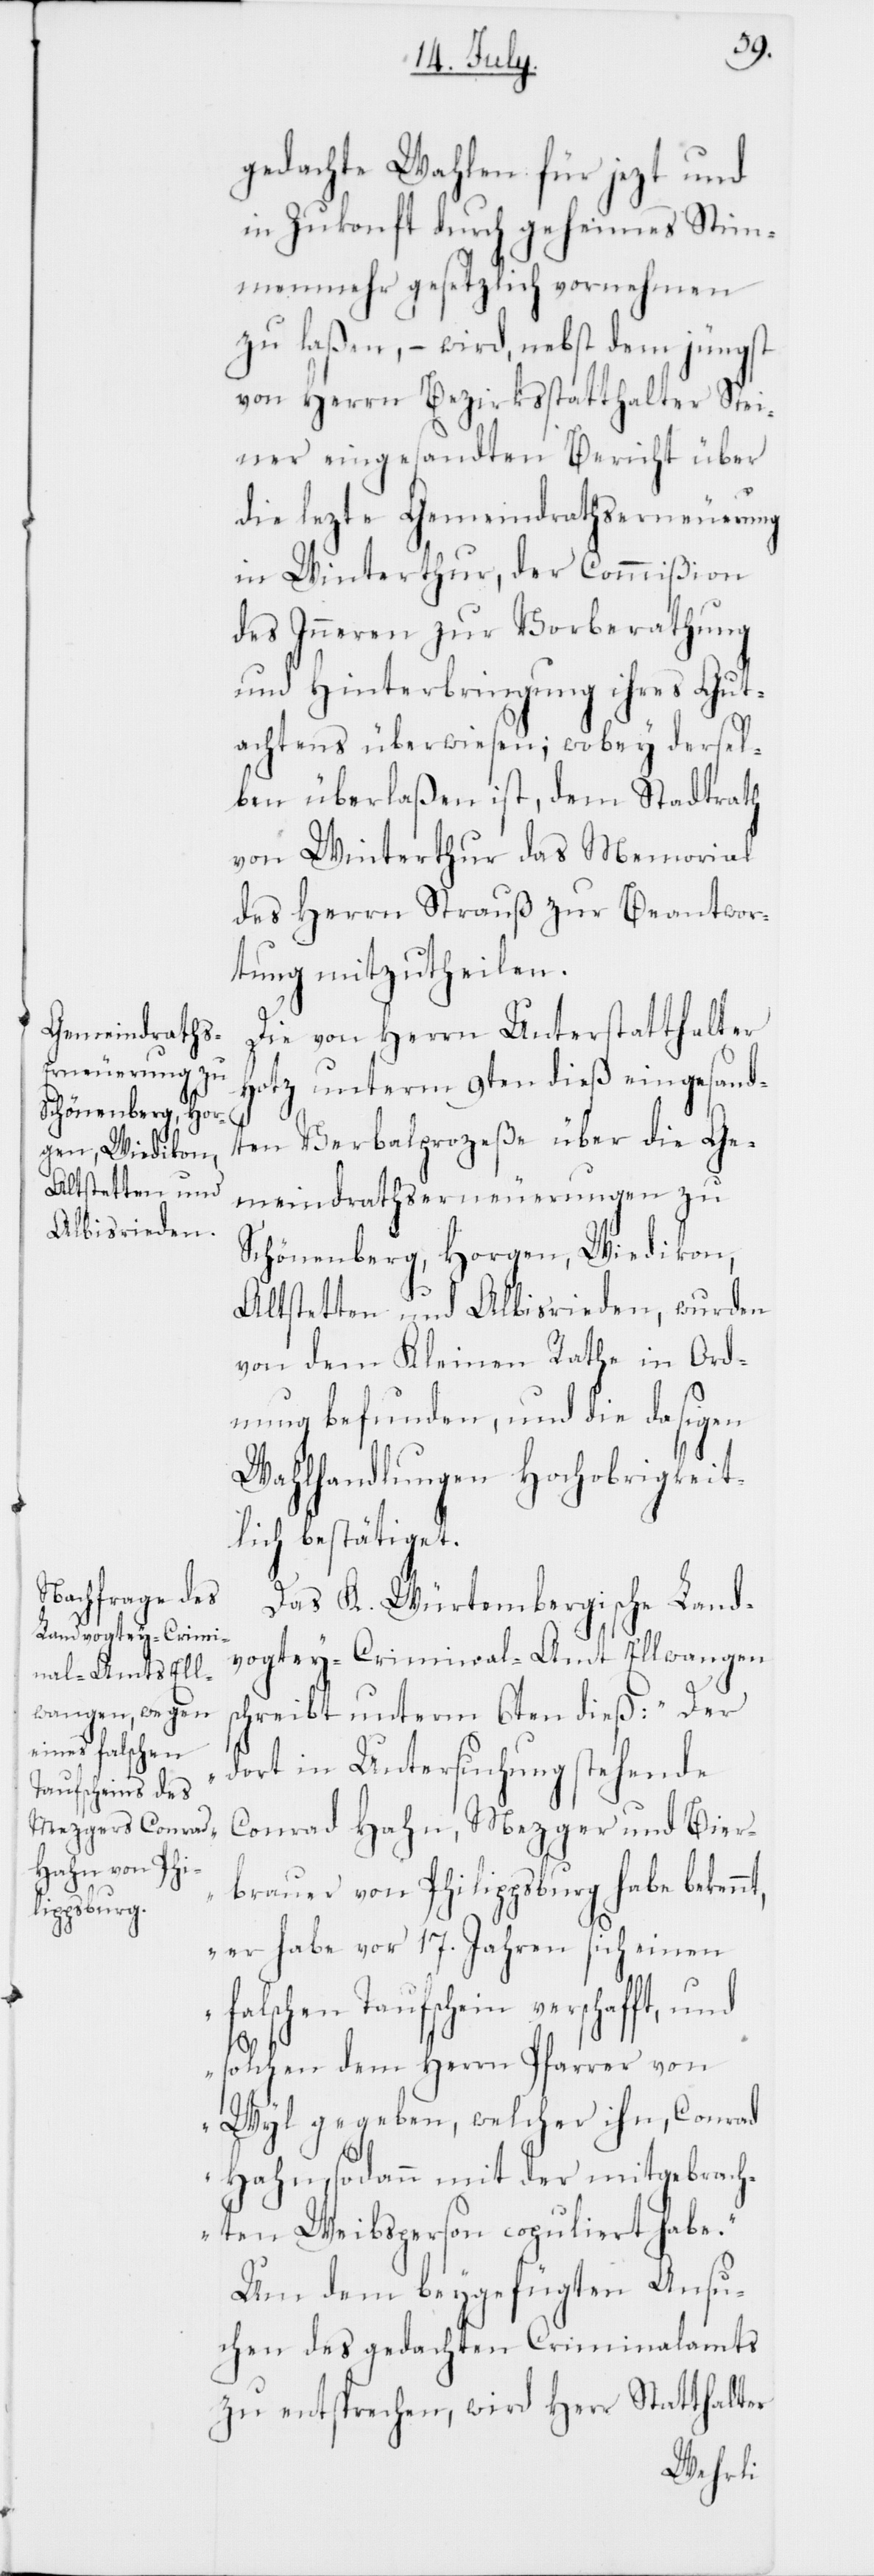
gedachte Wahlen für jezt und
in Zukunft durch geheimes Stim¬
menmehr gesetzlich vornehmen
zu laßen, – wird, nebst dem jüngst
von Herrn Bezirksstatthalter Stei¬
ner eingesandten Bericht über
die lezte Gemeindrathserneuerung
in Winterthur, der Commißion
des Inneren zur Vorberathung
und Hinterbringung ihres Gut¬
achtens überwiesen; wobey dersel¬
ben überlaßen ist, dem Stadtrath
von Winterthur das Memorial
des Herrn Strauß zur Beantwor¬
tung mitzutheilen.
Die von Herrn Unterstatthalter
Hotz unterm 9ten dieß eingesand¬
ten Verbalprozeße über die Ge¬
meindrathserneuerungen zu
Schönenberg, Horgen, Wiedikon,
Altstetten und Albisrieden, wurden
von dem Kleinen Rathe in Ord¬
nung befunden, und die dasigen
Wahlhandlungen Hochobrigkeit¬
lich bestätiget.
Das K. Würtembergische Land¬
vogtey-Criminal-Amt Ellwangen
schreibt unterm 6ten dieß: „Der
dort in Untersuchung stehende
Conrad Hahn, Mezger und Bier¬
brauer von Philippsburg habe bekenn¬
t, er habe vor 17. Jahren sich einen
falschen Taufschein verschafft, und
solchen dem Herrn Pfarrer von
Wyl gegeben, welcher ihn, Conrad
Hahn, sodann mit der mitgebrach¬
ten Weibsperson copuliert habe.“
Um dem beygefügten Ansu¬
chen des gedachten Criminalamts
zu entsprechen, wird Herr Statthalter